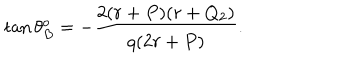
\tan \theta _ { B } ^ { o } = - { \frac { 2 ( r + P ) ( r + Q _ { 2 } ) } { q ( 2 r + P ) } } .